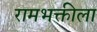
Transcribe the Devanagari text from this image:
रामभक्तीला